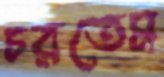
চরতেম